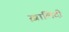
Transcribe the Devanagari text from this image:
ख़ालिदी